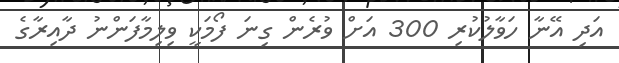
އަދި އޭނާ ހަވާލުކުރި 300 އަށް ވުރެން ގިނަ ފޯމަކީ ވިލިމާފަންނު ދާއިރާގެ